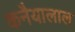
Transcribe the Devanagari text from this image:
कनैयालाल